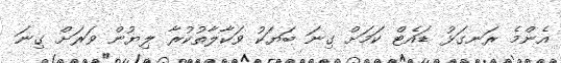
އެންމެ ރަނގަޅު ޑައެޓް ކަމަށް ގިނަ ބަޔަކު ވަކާލާތުކުރާ ލިޔުން ވަރަށް ގިނަ